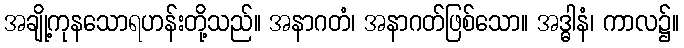
အချို့ကုနသောရဟန်းတို့သည်။ အနာဂတံ၊ အနာဂတ်ဖြစ်သော။ အဒ္ဓါနံ၊ ကာလ၌။